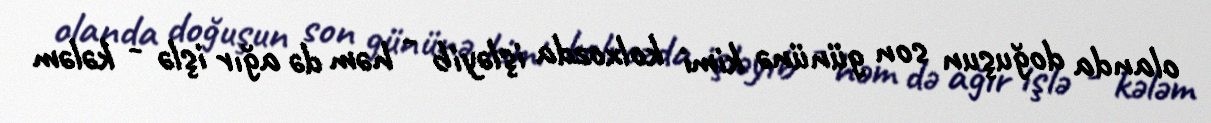
olanda doğuşun son gününə kimi kolxozda işləyib - həm də ağır işlə - kələm